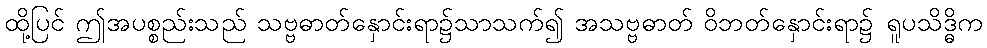
ထို့ပြင် ဤအပစ္စည်းသည် သဗ္ဗဓာတ်နှောင်းရာ၌သာသက်၍ အသဗ္ဗဓာတ် ဝိဘတ်နှောင်းရာ၌ ရူပသိဒ္ဓိက